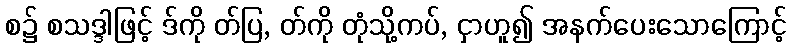
စ၌ စသဒ္ဒါဖြင့် ဒ်ကို တ်ပြ, တ်ကို တုံသို့ကပ်, ငှာဟူ၍ အနက်ပေးသောကြောင့်